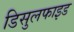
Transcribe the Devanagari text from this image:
डिसुलफाइड